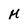
Character: H